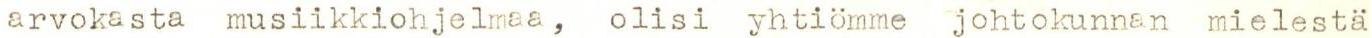
arvokasta musiikkiohjelmaa, olisi yhtiömme johtokunnan mielestä